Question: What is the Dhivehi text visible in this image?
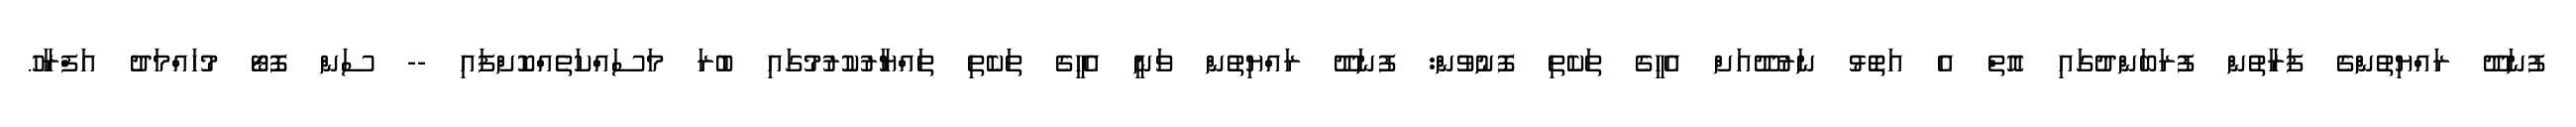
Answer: ފުނަދޫ ރައްޔިތުންގެ ފަރާތުން ފުރަބަންދުގައި އޮތް އެ އަތޮޅު ނަރުދޫއަށް އެހީގެ ތަކެތި ފޮނުވުން: ފުނަދޫ ރައްޔިތުން ވަނީ އެހީގެ ތަކެތި ތައްޔާރުކުރުމުގައި ބުރަ މަސައްކަތެއްކޮށްފައި -- ސަން ފޮޓޯ މުހައްމަދު އަފްރާހު.